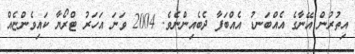
އިތުރުން އޭނާގެ އެއްބަނޑު އެއްބަފާ ދެބެއިންނެވެ. 2004 ވަނަ އަހަރު ޓްރޯޔާ ކައިވެންޏެއް